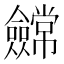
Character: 𭀕